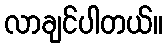
လာချင်ပါတယ်။